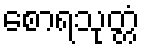
စောရသုတ္တံ